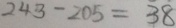
2 4 3 - 2 0 5 = 3 8